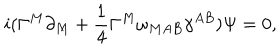
LaTeX: i ( \Gamma ^ { M } \partial _ { M } + { \frac { 1 } { 4 } } \Gamma ^ { M } \omega _ { M A B } \gamma ^ { A B } ) \Psi = 0 ,